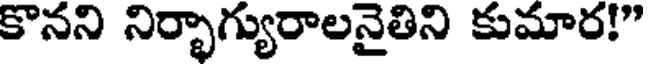
కొనని నిర్భాగ్యురాలనైతిని కుమార!"